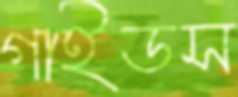
গাইডস